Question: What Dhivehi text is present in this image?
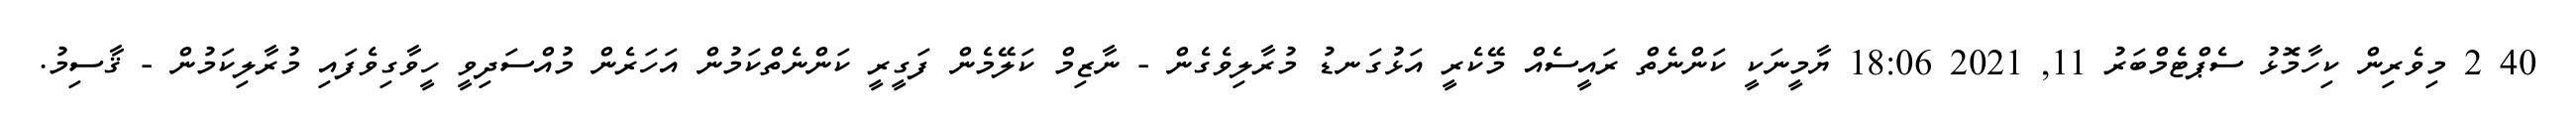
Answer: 40 2 މިވެރިން ކިހާމޮޅު ސެޕްޓެމްބަރު 11, 2021 18:06 ޔާމީނަކީ ކަންނެތް ރައީސެއް މޭކެރީ އަޅުގަނޑު މުރާލިވެގެން - ނާޒިމް ކަލޭމެން ފަގީރީ ކަންނެތްކަމުން އަހަރެން މުއްސަދިވީ ހީވާގިވެފައި މުރާލިކަމުން - ޤާސިމު.